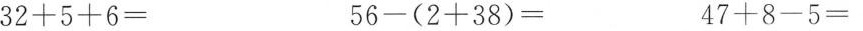
32+5+6= 56-(2+38)= 47+8-5=